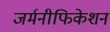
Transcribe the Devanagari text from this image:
जर्मनीफिकेशन